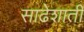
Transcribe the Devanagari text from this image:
साढेशाती